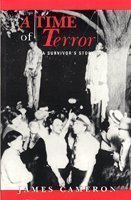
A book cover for A Time of Terror: A Survivor's Story; James Cameron; Biographies & Memoirs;